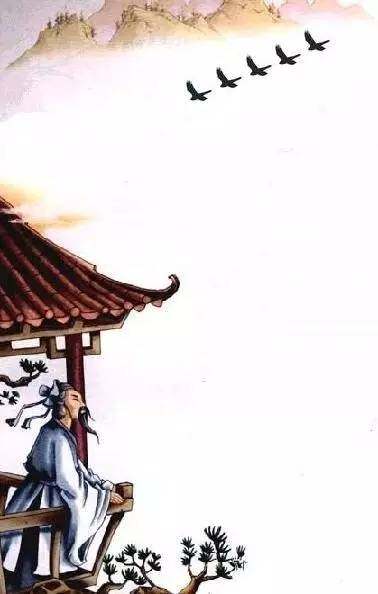
雨恨云愁，江南依旧称佳丽。